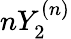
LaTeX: nY_{2}^{(n)}